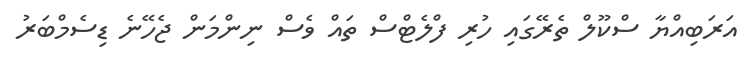
އަރަބިއްޔާ ސްކޫލް ތެރޭގައި ހުރި ފްލެޓްސް ތައް ވެސް ނިންމަން ޖެހޭނެ ޑިސެމްބަރު